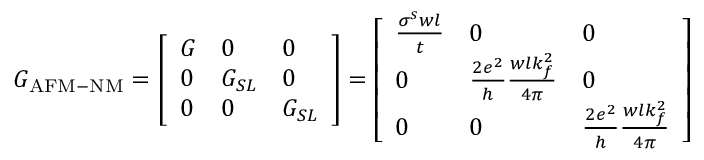
G _ { \mathrm { A F M - N M } } = \left[ \begin{array} { l l l } { G } & { 0 } & { 0 } \\ { 0 } & { G _ { S L } } & { 0 } \\ { 0 } & { 0 } & { G _ { S L } } \end{array} \right] = \left[ \begin{array} { l l l } { \frac { \sigma ^ { s } w l } { t } } & { 0 } & { 0 } \\ { 0 } & { \frac { 2 e ^ { 2 } } { h } \frac { w l k _ { f } ^ { 2 } } { 4 \pi } } & { 0 } \\ { 0 } & { 0 } & { \frac { 2 e ^ { 2 } } { h } \frac { w l k _ { f } ^ { 2 } } { 4 \pi } } \end{array} \right]